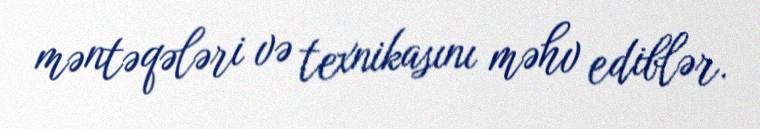
məntəqələri və texnikasını məhv ediblər.